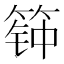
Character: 𰪊